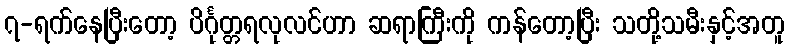
၇-ရက်နေပြီးတော့ ပိင်္ဂုတ္တရလုလင်ဟာ ဆရာကြီးကို ကန်တော့ပြီး သတို့သမီးနှင့်အတူ